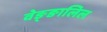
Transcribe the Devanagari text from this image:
वेङ्ङालिल